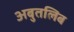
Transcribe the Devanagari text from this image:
अबुतलिब